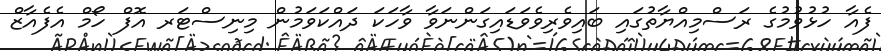
ފެއާ ހުޅުވުމުގެ ރަސްމިއްޔާތުގައި ބައިވެރިވެވަޑައިގަންނަވާ ވާހަކަ ދައްކަވަމުން މިނިސްޓަރ އޮފް ހޯމް އެފެއާޒް